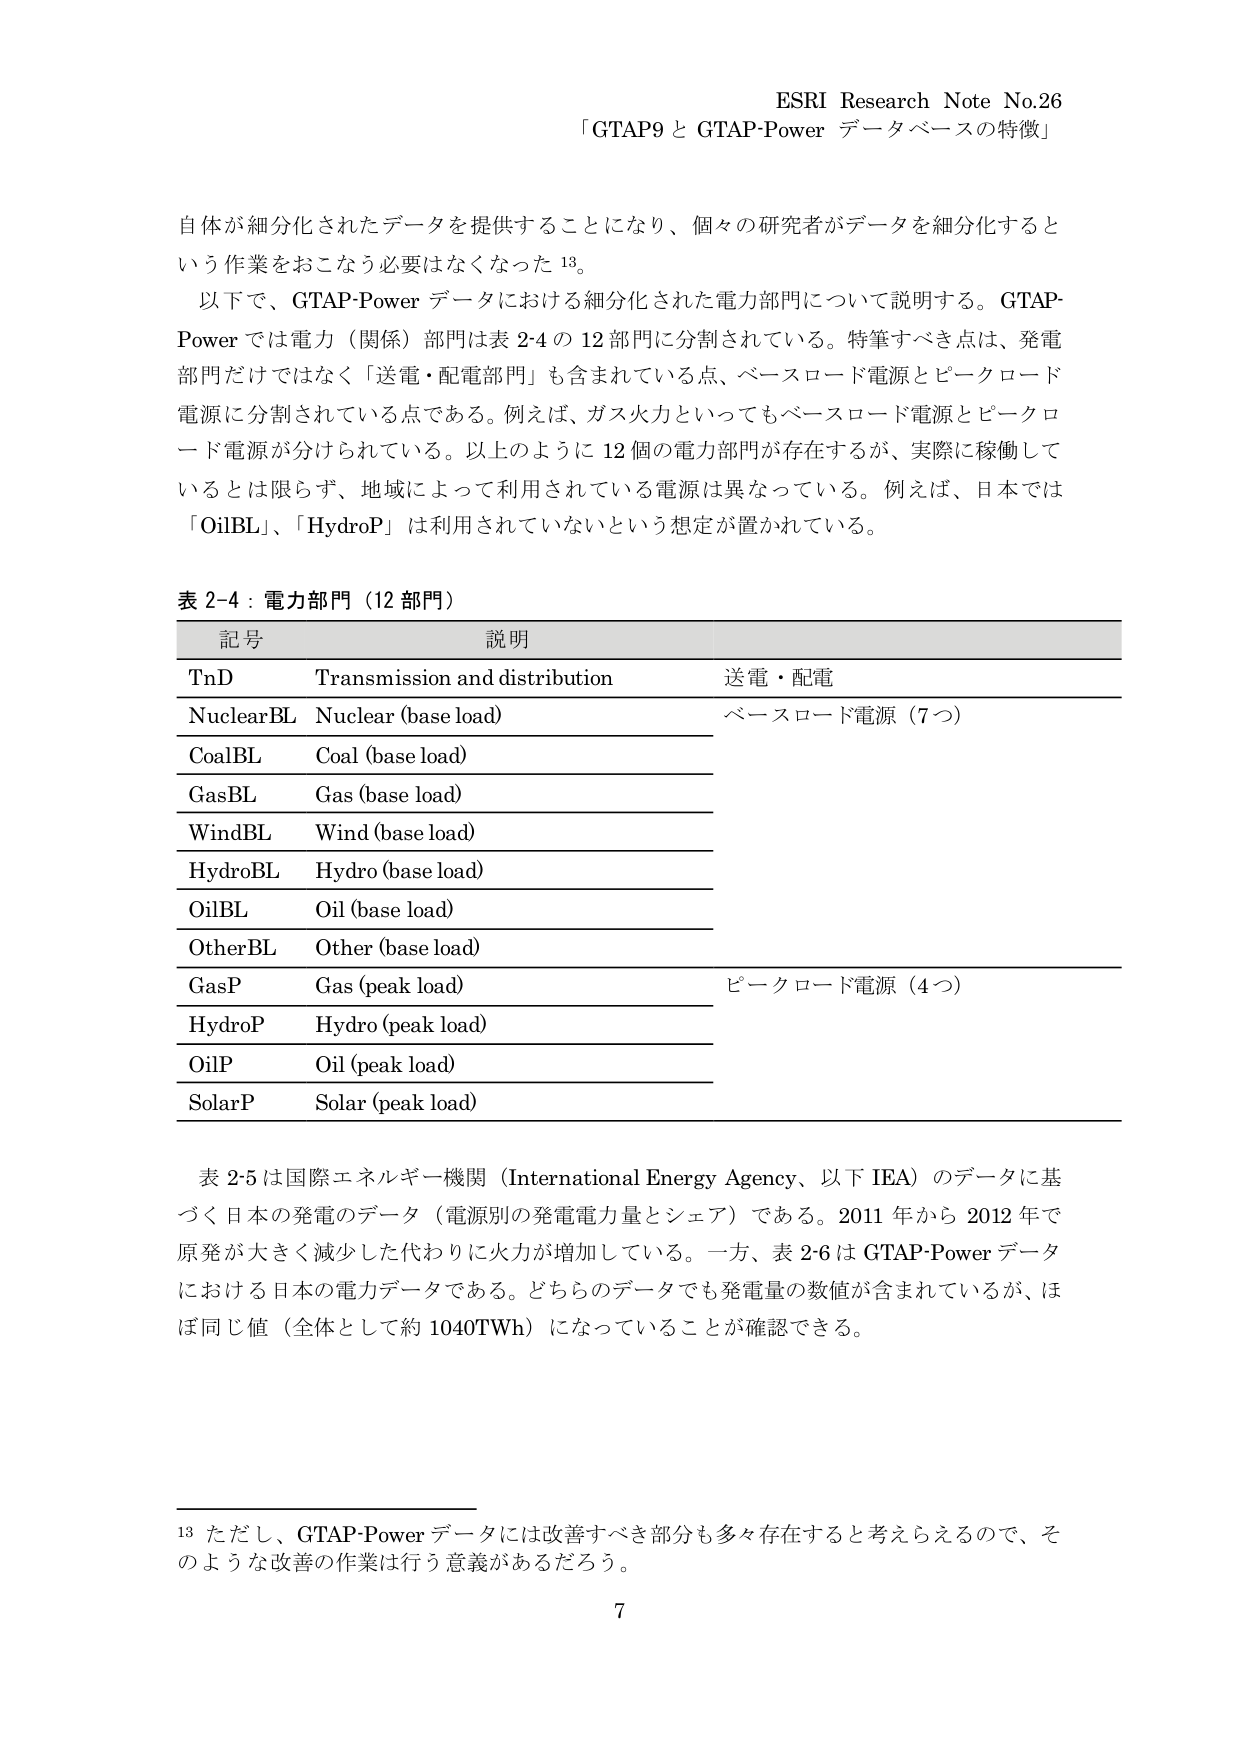
ESRI Research Note No.26
「GTAP9 と GTAP-Power データベースの特徴」

自体が細分化されたデータを提供することになり、個々の研究者がデータを細分化するという作業をおこなう必要はなくなった 13。

以下で、GTAP-Power データにおける細分化された電力部門について説明する。GTAP-Power では電力（関係）部門は表 2-4 の 12 部門に分割されている。特筆すべき点は、発電部門だけではなく「送電・配電部門」も含まれている点、ベースロード電源とピークロード電源に分割されている点である。例えば、ガス火力といってもベースロード電源とピークロード電源が分けられている。以上のように 12 個の電力部門が存在するが、実際に稼働しているとは限らず、地域によって利用されている電源は異なっている。例えば、日本では「OilBL」、「HydroP」は利用されていないという想定が置かれている。

表 2-4：電力部門（12 部門）
記号　　　　　説明